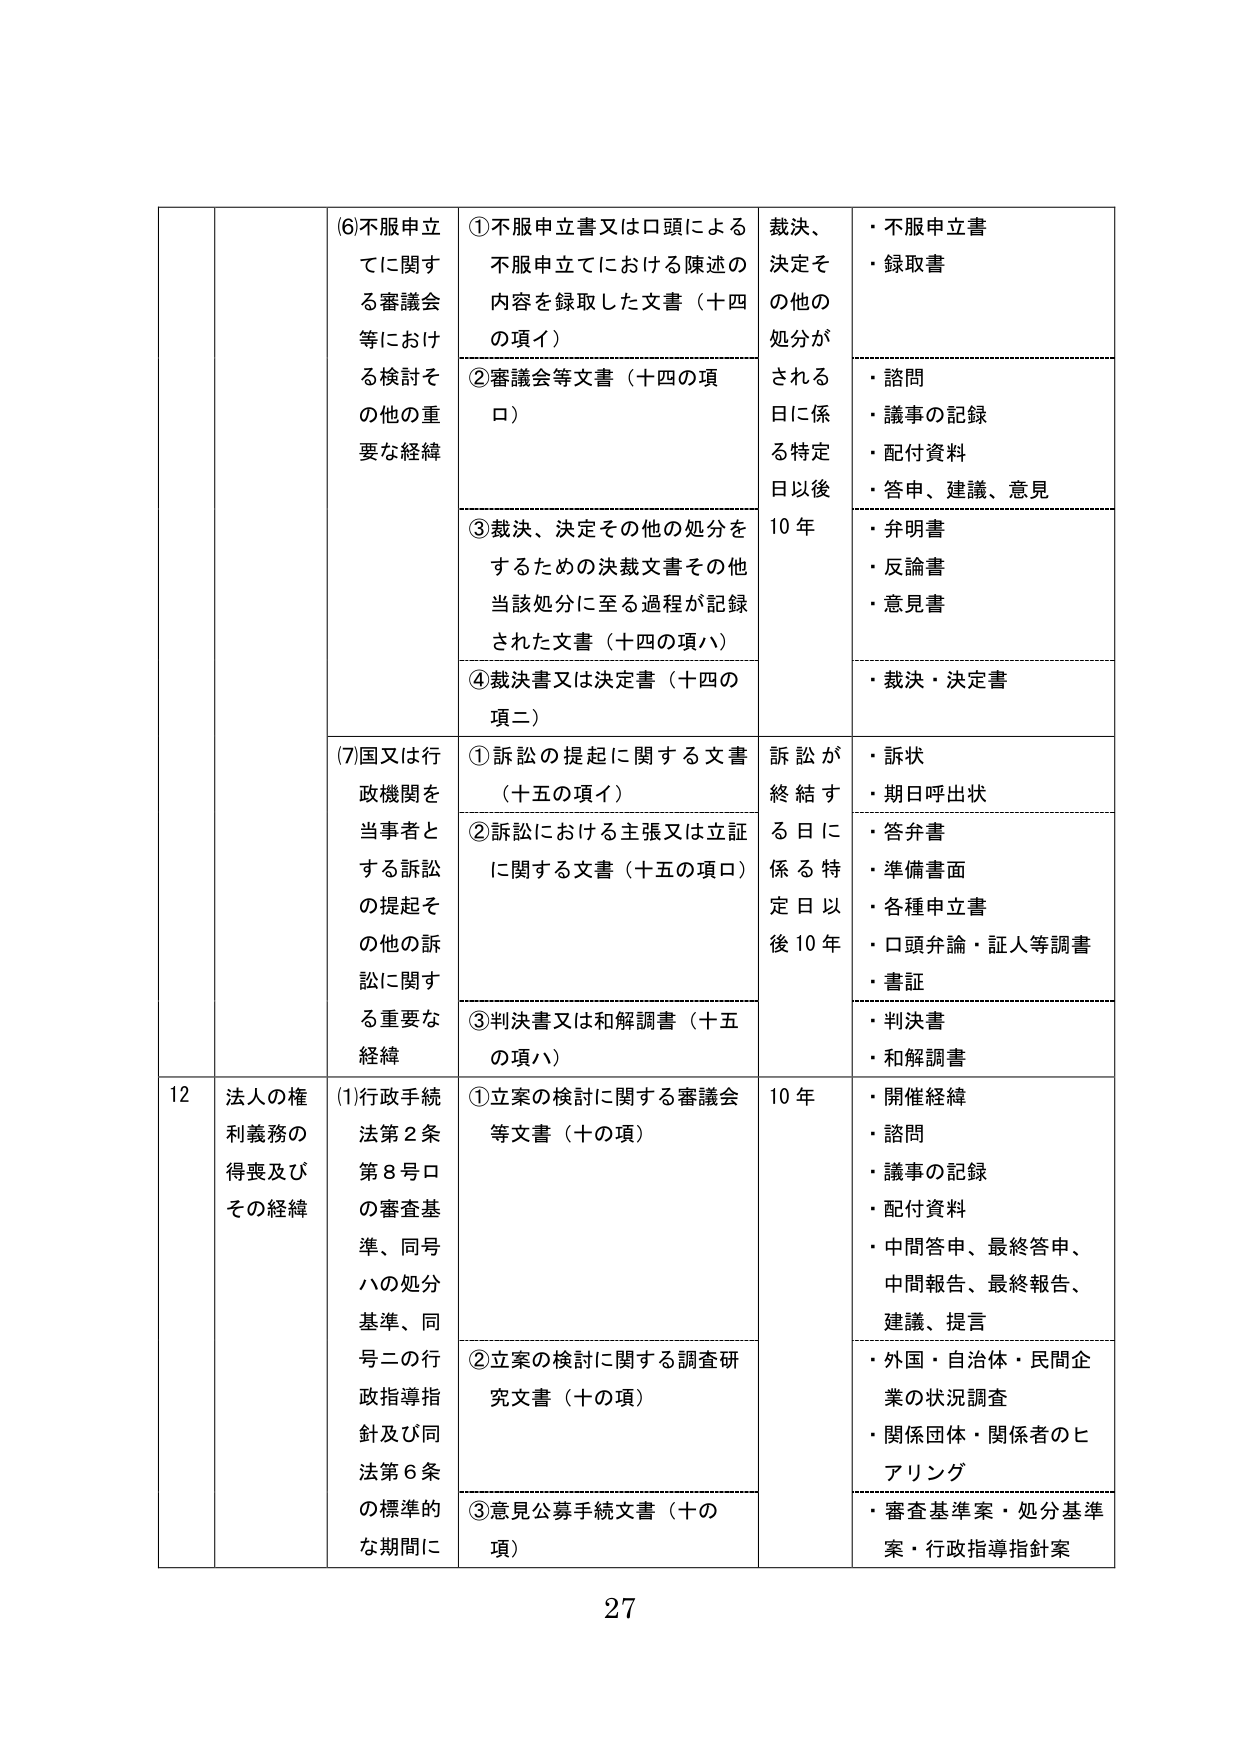
(6)不服申立てに関する審議会等における検討その他の重要な経緯
①不服申立書又は口頭による不服申立てにおける陳述の内容を録取した文書（十四の項イ）
②審議会等文書（十四の項ロ）
③裁決、決定その他の処分をするための決裁文書その他当該処分に至る過程が記録された文書（十四の項ハ）
④裁決書又は決定書（十四の項ニ）
裁決、決定その他の処分がされる日に係る特定日以後10年
・不服申立書
・録取書
・諮問
・議事の記録
・配付資料
・答申、建議、意見
・弁明書
・反論書
・意見書
・裁決・決定書

(7)国又は行政機関を当事者とする訴訟の提起その他の訴訟に関する重要な経緯
①訴訟の提起に関する文書（十五の項イ）
②訴訟における主張又は立証に関する文書（十五の項ロ）
③判決書又は和解調書（十五の項ハ）
訴訟が終結する日に係る特定日以後10年
・訴状
・期日呼出状
・答弁書
・準備書面
・各種申立書
・口頭弁論・証人等調書
・書証
・判決書
・和解調書

12 法人の権利義務の得喪及びその経緯
(1)行政手続法第2条第8号ロの審査基準、同号ハの処分基準、同号ニの行政指導指針及び同法第6条の標準的な期間に
①立案の検討に関する審議会等文書（十の項）
②立案の検討に関する調査研究文書（十の項）
③意見公募手続文書（十の項）
10年
・開催経緯
・諮問
・議事の記録
・配付資料
・中間答申、最終答申、中間報告、最終報告、建議、提言
・外国・自治体・民間企業の状況調査
・関係団体・関係者のヒアリング
・審査基準案・処分基準案・行政指導指針案

27